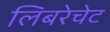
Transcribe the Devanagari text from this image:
लिबरेचेट